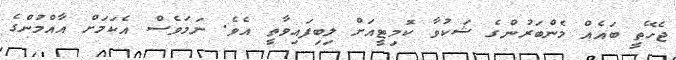
ޖެހޭތީ ބައެއް މެންބަރުންގެ ޝަކުވާ ކޮމިޓީއަށް ލިބިފައިވާތީ އެވެ. ނަމަވެސް އެކަމަށް އާއްމުންގެ